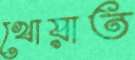
খোয়াত